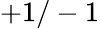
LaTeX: +1/-1